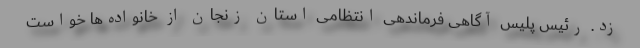
زد. رئیس پلیس آگاهی فرماندهی انتظامی استان زنجان از خانواده‌ها خواست